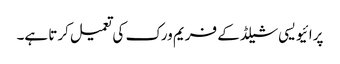
پرائیویسی شیلڈ کے فریم ورک کی تعمیل کرتا ہے۔